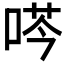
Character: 𫪜